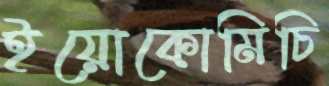
ইয়োকোমিচি